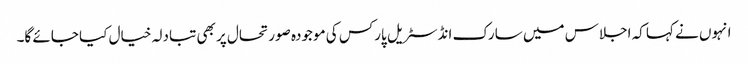
انہوں نے کہا کہ اجلاس میں سارک انڈسٹریل پارکس کی موجودہ صورتحال پر بھی تبادلہ خیال کیا جائے گا۔